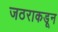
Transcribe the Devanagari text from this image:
जठराकडून